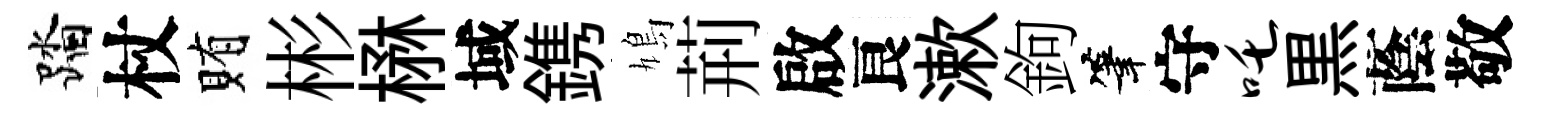
踏杖賄彬楙域鎸鳩荊啟良漱鉤筆守吒黒蔭敬